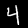
Label: 4